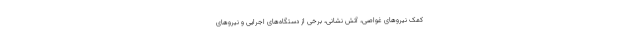
کمک نیروهای غواصی، آتش نشانی، برخی از دستگاه‌های اجرایی و نیروهای